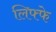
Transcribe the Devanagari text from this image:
लिफ्फे